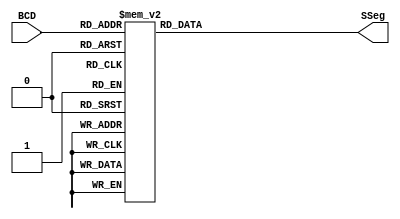

`timescale 1ns / 1ps
module BCDtoSSeg (BCD, SSeg);

  input [3:0] BCD;
  output reg [6:0] SSeg;
always @ ( * ) begin
  case (BCD)
   4'b0000: SSeg = 7'b0000001; // "0"  
	4'b0001: SSeg = 7'b1001111; // "1" 
	4'b0010: SSeg = 7'b0010010; // "2" 
	4'b0011: SSeg = 7'b0000110; // "3" 
	4'b0100: SSeg = 7'b1001100; // "4" 
	4'b0101: SSeg = 7'b0100100; // "5" 
	4'b0110: SSeg = 7'b0100000; // "6" 
	4'b0111: SSeg = 7'b0001111; // "7" 
	4'b1000: SSeg = 7'b0000000; // "8"  
	4'b1001: SSeg = 7'b0000100; // "9" 
	  //La representacion del numero a mostrar debe ser de manera decimal por lo que se elimina esta parte del codigo
   //4'ha: SSeg = 7'b0001000;  
   //4'hb: SSeg = 7'b1100000;
   //4'hc: SSeg = 7'b0110001;
   //4'hd: SSeg = 7'b1000010;
   //4'he: SSeg = 7'b0110000;
   //4'hf: SSeg = 7'b0111000;
    default:
    SSeg = 0;
  endcase
end

endmodule